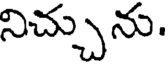
నిచ్చును.